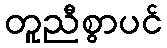
တူညီစွာပင်